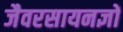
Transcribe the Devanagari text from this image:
जैवरसायनज्ञों